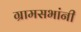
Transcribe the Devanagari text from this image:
ग्रामसभांनी